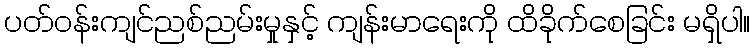
ပတ်ဝန်းကျင်ညစ်ညမ်းမှုနှင့် ကျန်းမာရေးကို ထိခိုက်စေခြင်း မရှိပါ။